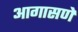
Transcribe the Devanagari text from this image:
आगासणे